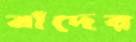
বাঁদের